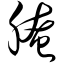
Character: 腌